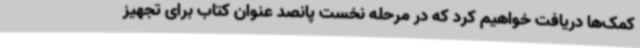
کمک‌ها دریافت خواهیم کرد که در مرحله نخست پانصد عنوان کتاب‌ برای تجهیز